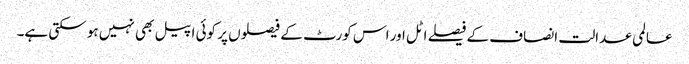
عالمی عدالت انصاف کے فیصلے اٹل اور اس کورٹ کے فیصلوں پر کوئی اپیل بھی نہیں ہو سکتی ہے۔